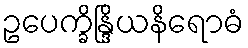
ဥပေက္ခိန္ဒြိယနိရောဓံ